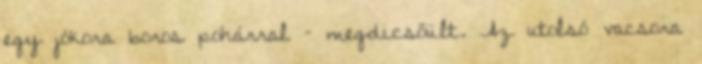
egy jókora boros­ pohárral – megdicsőült. Az utolsó vacsora